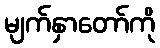
မျက်နှာတော်ကို